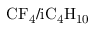
\mathrm { C F _ { 4 } / i C _ { 4 } H _ { 1 0 } }